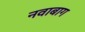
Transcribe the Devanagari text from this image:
नवाबाग